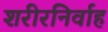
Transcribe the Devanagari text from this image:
शरीरनिर्वाह